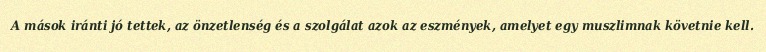
A mások iránti jó tettek, az önzetlenség és a szolgálat azok az eszmények, amelyet egy muszlimnak követnie kell.